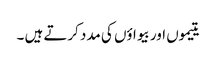
یتیموں اور بیواؤں کی مدد کرتے ہیں ۔